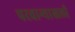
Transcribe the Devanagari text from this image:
परवान्याखली